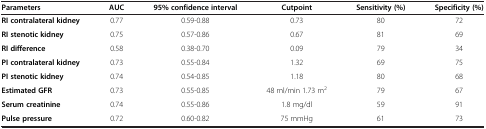
<table><thead><tr><td><b>Parameters</b></td><td><b>AUC</b></td><td><b>95% confidence interval</b></td><td><b>Cutpoint</b></td><td><b>Sensitivity (%)</b></td><td><b>Specificity (%)</b></td></tr></thead><tbody><tr><td><b>RI contralateral kidney</b></td><td>0.77</td><td>0.59-0.88</td><td>0.73</td><td>80</td><td>72</td></tr><tr><td><b>RI stenotic kidney</b></td><td>0.75</td><td>0.57-0.86</td><td>0.67</td><td>81</td><td>69</td></tr><tr><td><b>RI difference</b></td><td>0.58</td><td>0.38-0.70</td><td>0.09</td><td>79</td><td>34</td></tr><tr><td><b>PI contralateral kidney</b></td><td>0.73</td><td>0.55-0.84</td><td>1.32</td><td>69</td><td>75</td></tr><tr><td><b>PI stenotic kidney</b></td><td>0.74</td><td>0.54-0.85</td><td>1.18</td><td>80</td><td>68</td></tr><tr><td><b>Estimated GFR</b></td><td>0.73</td><td>0.55-0.85</td><td>48 ml/min 1.73 m<sup>2</sup></td><td>79</td><td>67</td></tr><tr><td><b>Serum creatinine</b></td><td>0.74</td><td>0.55-0.86</td><td>1.8 mg/dl</td><td>59</td><td>91</td></tr><tr><td><b>Pulse pressure</b></td><td>0.72</td><td>0.60-0.82</td><td>75 mmHg</td><td>61</td><td>73</td></tr></tbody></table>